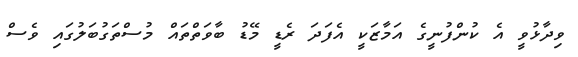
ވިދާޅުވީ އެ ކުންފުނީގެ އަމާޒަކީ އެފަދަ ރެޑީ މޭޑު ބާވަތްތައް މުސްތަގުބަލުގައި ވެސް